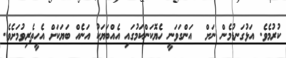
ކުރުމެވެ. އަޅުގަނޑުމެން ނަށް  އަންގަވަނީ ހެޔޮކަންކަމުގައި އެއްބަޔަކު އަނެއް ބަޔަކަށް އެހީތެރިވުމަށެވެ.